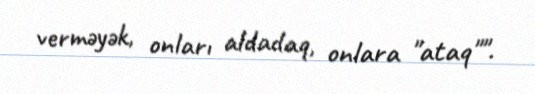
verməyək, onları aldadaq, onlara "ataq"".